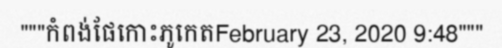
"""កំពង់ផែកោះភូកេតFebruary 23, 2020 9:48"""